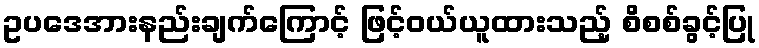
ဥပဒေအားနည်းချက်ကြောင့် ဖြင့်ဝယ်ယူထားသည့် စိစစ်ခွင့်ပြု